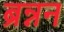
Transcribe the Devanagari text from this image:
ब्रन्नन